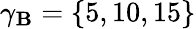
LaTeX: \gamma_{\mathbf{B}}=\{ 5,10,15\}